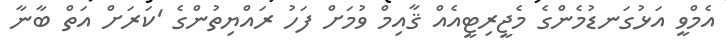
އެމްވީ އަޅުގަނޑުމެންގެ މެޖީރިޓީއެއް ޤާއިމް ވުމަށް ފަހު ރައްޔިތުންގެ 'ކަރަށް އަތް ބާނާ